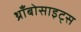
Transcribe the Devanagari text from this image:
थ्राँबोसाइट्स